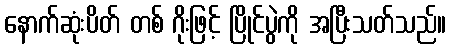
နောက်ဆုံးပိတ် တစ် ဂိုးဖြင့် ပြိုင်ပွဲကို အပြီးသတ်သည်။